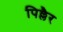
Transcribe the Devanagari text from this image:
पिल्लैर